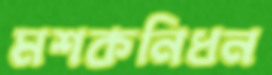
মশকনিধন